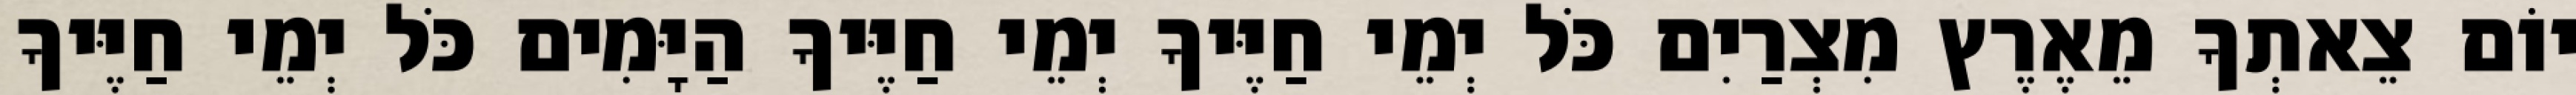
יוֹם צֵאתְךָ מֵאֶרֶץ מִצְרַיִם כֹּל יְמֵי חַיֶּיךָ יְמֵי חַיֶּיךָ הַיָּמִים כֹּל יְמֵי חַיֶּיךָ